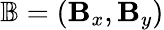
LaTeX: \mathbb{B}=\left(\mathbf{B}_{x},\mathbf{B}_{y}\right)